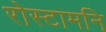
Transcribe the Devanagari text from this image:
रोस्टामनि